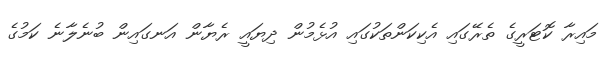
މައިރާ ކޮޓަރީގެ ތެރޭގައި އެކިކަންތަކުގައި އުޅެމުން ދިޔައީ ރެޔާން އަނގައިން ބުނެލާނެ ކަމުގެ